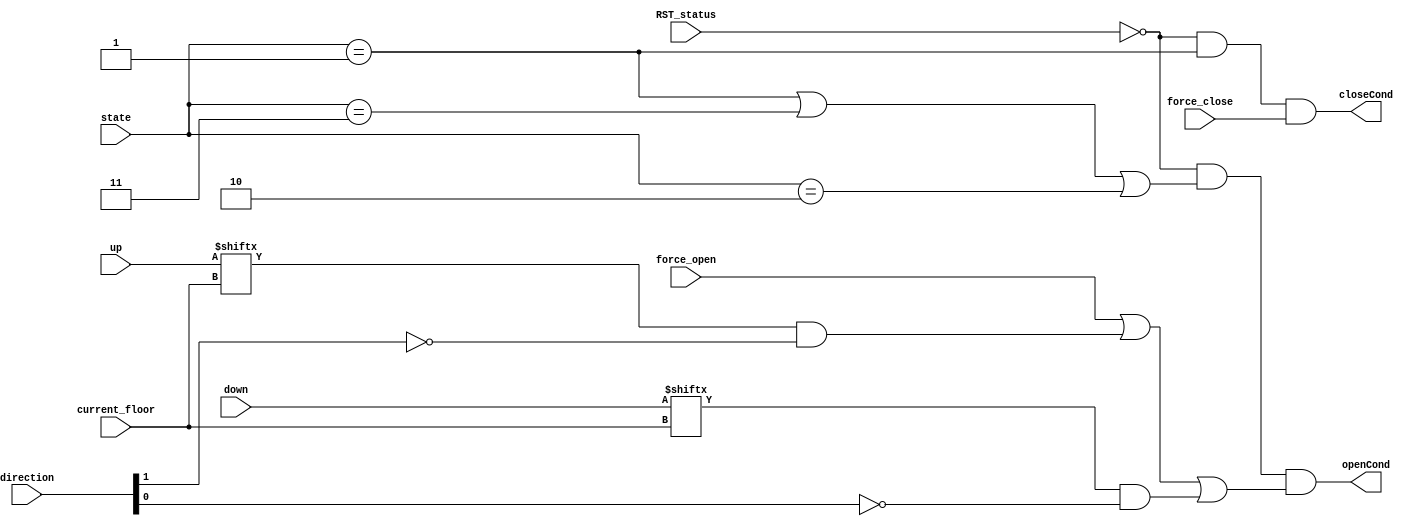
`timescale 1ns / 1ps
//////////////////////////////////////////////////////////////////////////////////
// Company: 
// Engineer: 
// 
// Design Name: 
// Module Name: openCondition
// Project Name: 
// Target Devices: 
// Tool Versions: 
// Description: 
// 
// Dependencies: 
// 
// Revision:
// Revision 0.01 - File Created
// Additional Comments:
// 
//////////////////////////////////////////////////////////////////////////////////


module openCondition(
  input RST_status,
  input [2:0] state,
  input [2:0] current_floor,
  input [7:0] up, 
  input [7:0] down,
  input [1:0] direction,
  input force_open,
  input force_close, 
  output openCond, 
  output closeCond
  );
  localparam OPENING_STATE   = 3'h0,
             OPENED_STATE    = 3'h1,
             CLOSING_STATE   = 3'h2,
             STOP_STATE      = 3'h3,
             ACC_STATE       = 3'h4,
             ONGOING_STATE   = 3'h5,
             DEC_STATE       = 3'h6;
  parameter D_UP   = 1'b0,
            D_DOWN = 1'b1;
  assign openCond = !RST_status && (state==OPENED_STATE || state==STOP_STATE || state==CLOSING_STATE)  
                    && (force_open || (up[current_floor] && !direction[D_DOWN])
                                   || (down[current_floor] && !direction[D_UP])) ;

  assign closeCond = !RST_status && (state==OPENED_STATE) && force_close;
endmodule